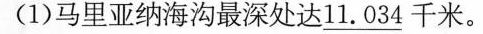
(1)马里亚纳海沟最深处达11.034千米。